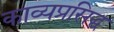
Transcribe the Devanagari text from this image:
काव्यप्रसिद्ध